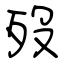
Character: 歿